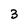
Character: 3